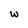
Character: w